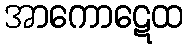
အာကောဋေထ